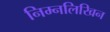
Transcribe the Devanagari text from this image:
निम्नलिखिन